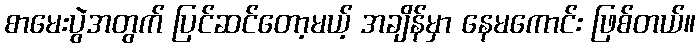
စာမေးပွဲအတွက် ပြင်ဆင်တော့မယ့် အချိန်မှာ နေမကောင်း ဖြစ်တယ်။